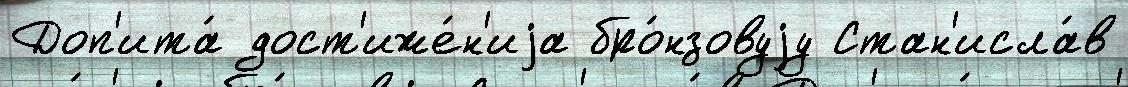
Доп'ита́ дост'иже́н'иjа бро́нзовуjу Стан'исла́в